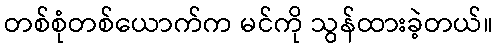
တစ်စုံတစ်ယောက်က မင်ကို သွန်ထားခဲ့တယ်။